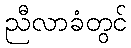
ညီလာခံတွင်